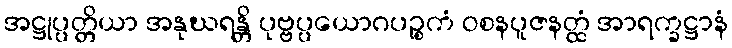
အဋ္ဌုပ္ပတ္တိယာ အနုဃရန္တိ ပုဗ္ဗပ္ပယောဂပဉ္စကံ ဝစနပူဇနတ္ထံ အာရက္ခဋ္ဌာနံ